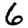
Digit: 6